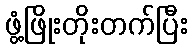
ဖွံ့ဖြိုးတိုးတက်ပြီး